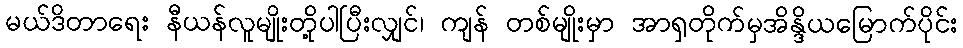
မယ်ဒိတာရေး နီယန်လူမျိုးတို့ပါပြီးလျှင်၊ ကျန် တစ်မျိုးမှာ အာရှတိုက်မှအိန္ဒိယမြောက်ပိုင်း